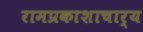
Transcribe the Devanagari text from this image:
रामप्रकाशाचार्य